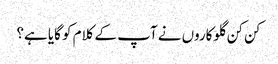
کن کن گلوکاروں نے آپ کے کلام کو گایا ہے؟